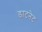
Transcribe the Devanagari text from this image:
डाटनेट